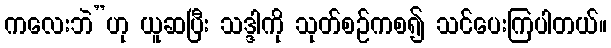
ကလေးဘဲ”ဟု ယူဆပြီး သဒ္ဒါကို သုတ်စဉ်ကစ၍ သင်ပေးကြပါတယ်။